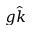
g \hat { k }